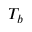
T _ { b }